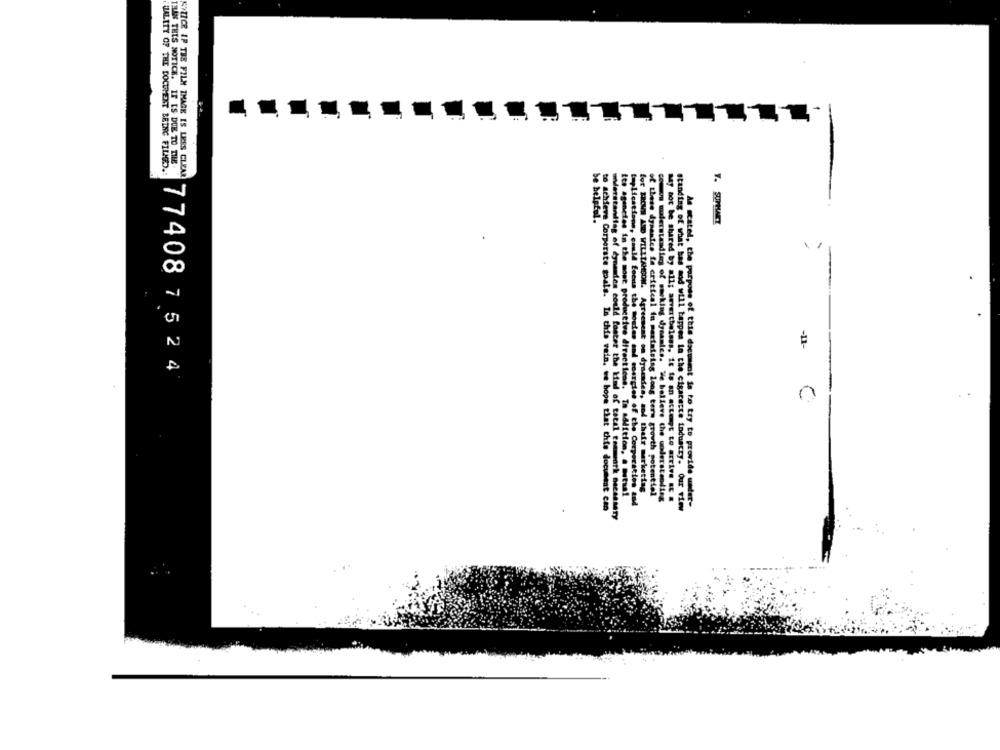
THAN THIS NOTICE. IF IS DUE TO THE
WALITY OF THE DOCUMENT BEING FILLED .:
KOLICE IP THE FILM IMAGE IS LESS CLEAR
be helpful.
7. SUMMARY
-11-
77408 7524
C
for BROWN AND WILLIAMSON. Agreement on dynandes, and their marketing
of these dysantes ie critical in maximising long term growth potential
ito aganetes in the most productive directions. In addition, a mutual
teplications, could focus the moules and energies of the Corporation and
comoo muersteadles of sacking dynamics. We believe the understanding
May not be shared by all; auvertheless, it is an astegt to arrive & #
As scatel, the purpose of this document is to try to provide under-
to achieve Corporate goals. In this vain, we hope that this document can
Itanding of what bas and will tappes la the cigarette industry. Our view
warstandtag of čymendes could fonter the Kind of total commwork Gac48MTy